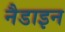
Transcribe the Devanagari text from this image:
नैडाइन